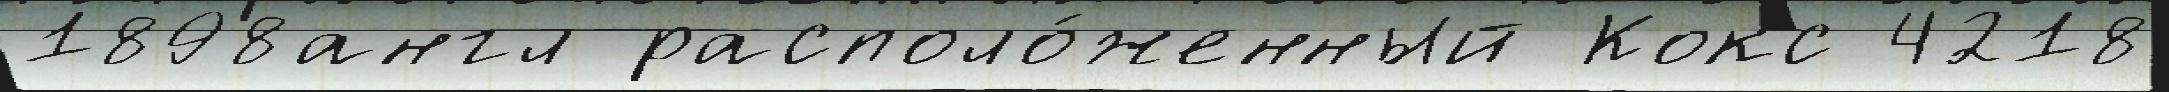
1898англ располо́женный Кокс 4218